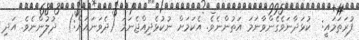
ފުރަތަމައީ:  ކުޅަދާނަވެގެންވާނަމަ އަތުންނެވެ. އެކަމަށް ނުކުޅެދިއްޖެނަމަ (ދެވަނައަށް:)  ދުލުންނެވެ. އަދި